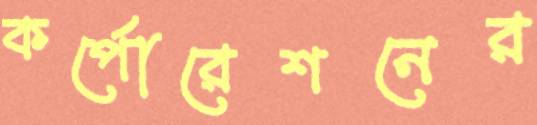
কর্পোরেশনের